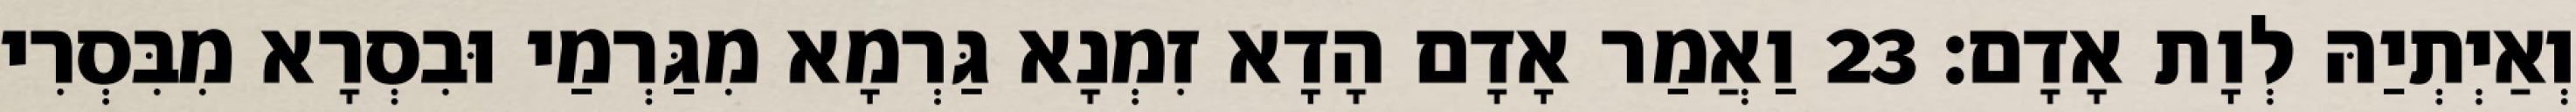
וְאַיְתְיַהּ לְוָת אָדָם׃ 23 וַאֲמַר אָדָם הָדָא זִמְנָא גַּרְמָא מִגַּרְמַי וּבִסְרָא מִבִּסְרִי